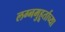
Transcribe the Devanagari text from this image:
लग्नमुहूर्ताच्या